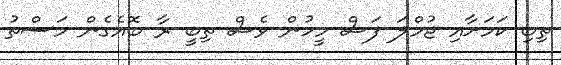
ތިބި ކަމަށާއި ޖުމްލަ ފަސް މީހުން ވެސް ތިބީ ރާ ބޮއެގެން މަސްތު